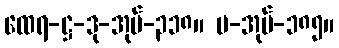
ထေရ-ဋ္ဌ-ဒု-အုပ်-၃၁၈။ ပ-အုပ်-၁၈၅။